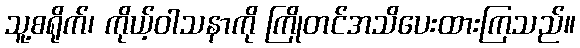
သူ့စရိုက်၊ ကိုယ့်ဝါသနာကို ကြိုတင်အသိပေးထားကြသည်။